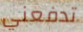
تدفعني